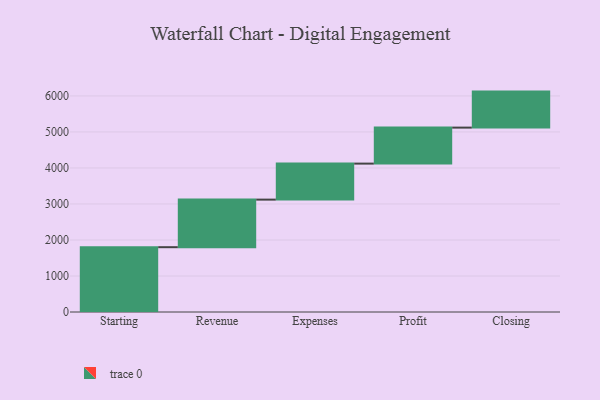
{"axis": {"x": "Step", "y": "Value"}, "legend": [""], "data": [{"x": "Starting", "y": 1800.0, "type": ""}, {"x": "Revenue", "y": 1321.0, "type": ""}, {"x": "Expenses", "y": 1000, "type": ""}, {"x": "Profit", "y": 1000, "type": ""}, {"x": "Closing", "y": 1000, "type": ""}]}